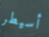
أسيطر